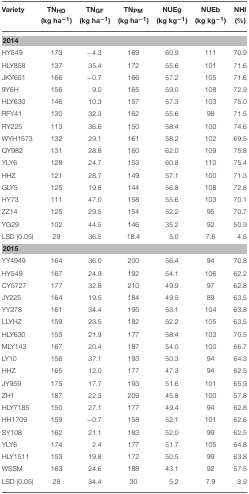
<table><thead><tr><td><b>Variety</b></td><td><b>TN<sub>HD</sub> (kg ha<sup>−1</sup>)</b></td><td><b>TN<sub>GF</sub> (kg ha<sup>−1</sup>)</b></td><td><b>TN<sub>PM</sub> (kg ha<sup>−1</sup>)</b></td><td><b>NUEg (kg kg<sup>−1</sup>)</b></td><td><b>NUEb (kg kg<sup>−1</sup>)</b></td><td><b>NHI (%)</b></td></tr></thead><tbody><tr><td colspan="7"><b>2014</b></td></tr><tr><td>HY549</td><td>173</td><td>−4.3</td><td>169</td><td>60.9</td><td>111</td><td>70.9</td></tr><tr><td>HLY858</td><td>137</td><td>35.4</td><td>172</td><td>55.6</td><td>101</td><td>71.6</td></tr><tr><td>JKY651</td><td>166</td><td>−0.7</td><td>166</td><td>57.2</td><td>105</td><td>71.6</td></tr><tr><td>9Y6H</td><td>156</td><td>9.0</td><td>165</td><td>59.0</td><td>108</td><td>72.9</td></tr><tr><td>HLY630</td><td>146</td><td>10.3</td><td>157</td><td>57.3</td><td>103</td><td>75.0</td></tr><tr><td>RFY41</td><td>130</td><td>32.3</td><td>162</td><td>55.6</td><td>98</td><td>71.5</td></tr><tr><td>RY225</td><td>113</td><td>36.6</td><td>150</td><td>58.4</td><td>100</td><td>74.6</td></tr><tr><td>WYH1573</td><td>132</td><td>29.1</td><td>161</td><td>58.2</td><td>102</td><td>69.5</td></tr><tr><td>QY982</td><td>131</td><td>28.8</td><td>160</td><td>62.0</td><td>109</td><td>75.8</td></tr><tr><td>YLY6</td><td>128</td><td>24.7</td><td>153</td><td>60.8</td><td>110</td><td>75.4</td></tr><tr><td>HHZ</td><td>121</td><td>28.7</td><td>149</td><td>57.1</td><td>100</td><td>71.3</td></tr><tr><td>GLY5</td><td>125</td><td>19.8</td><td>144</td><td>56.8</td><td>108</td><td>72.8</td></tr><tr><td>HY73</td><td>111</td><td>47.0</td><td>158</td><td>55.6</td><td>103</td><td>70.1</td></tr><tr><td>ZZ14</td><td>125</td><td>29.5</td><td>154</td><td>52.2</td><td>95</td><td>70.7</td></tr><tr><td>YG29</td><td>102</td><td>44.5</td><td>146</td><td>35.2</td><td>92</td><td>50.9</td></tr><tr><td>LSD (0.05)</td><td>29</td><td>36.5</td><td>18.4</td><td>5.0</td><td>7.6</td><td>4.5</td></tr><tr><td colspan="7"><b>2015</b></td></tr><tr><td>YY4949</td><td>164</td><td>36.0</td><td>200</td><td>56.4</td><td>94</td><td>70.8</td></tr><tr><td>HY549</td><td>167</td><td>24.9</td><td>192</td><td>54.1</td><td>106</td><td>62.2</td></tr><tr><td>CY5727</td><td>177</td><td>32.8</td><td>210</td><td>49.9</td><td>97</td><td>62.8</td></tr><tr><td>JY225</td><td>164</td><td>19.5</td><td>184</td><td>49.5</td><td>89</td><td>63.5</td></tr><tr><td>YY278</td><td>161</td><td>34.4</td><td>195</td><td>53.1</td><td>104</td><td>63.8</td></tr><tr><td>LLYHZ</td><td>159</td><td>23.5</td><td>182</td><td>52.2</td><td>105</td><td>63.5</td></tr><tr><td>HLY630</td><td>155</td><td>21.9</td><td>177</td><td>58.4</td><td>103</td><td>70.5</td></tr><tr><td>MLY143</td><td>167</td><td>20.4</td><td>187</td><td>54.0</td><td>100</td><td>66.7</td></tr><tr><td>LY10</td><td>156</td><td>37.1</td><td>193</td><td>50.3</td><td>94</td><td>64.3</td></tr><tr><td>HHZ</td><td>165</td><td>12.0</td><td>177</td><td>47.3</td><td>94</td><td>62.5</td></tr><tr><td>JY959</td><td>175</td><td>17.7</td><td>193</td><td>51.6</td><td>101</td><td>65.9</td></tr><tr><td>ZH1</td><td>187</td><td>22.3</td><td>209</td><td>45.8</td><td>100</td><td>57.8</td></tr><tr><td>HLY7185</td><td>150</td><td>27.1</td><td>177</td><td>49.4</td><td>94</td><td>62.8</td></tr><tr><td>HH1709</td><td>159</td><td>−0.7</td><td>158</td><td>52.1</td><td>101</td><td>62.6</td></tr><tr><td>SY108</td><td>162</td><td>21.1</td><td>183</td><td>52.0</td><td>99</td><td>62.5</td></tr><tr><td>YLY6</td><td>174</td><td>2.4</td><td>177</td><td>51.7</td><td>105</td><td>64.8</td></tr><tr><td>HLY1511</td><td>153</td><td>19.8</td><td>172</td><td>50.5</td><td>99</td><td>63.8</td></tr><tr><td>WSSM</td><td>163</td><td>24.6</td><td>188</td><td>43.1</td><td>92</td><td>57.5</td></tr><tr><td>LSD (0.05)</td><td>28</td><td>34.4</td><td>30</td><td>5.2</td><td>7.9</td><td>3.9</td></tr></tbody></table>